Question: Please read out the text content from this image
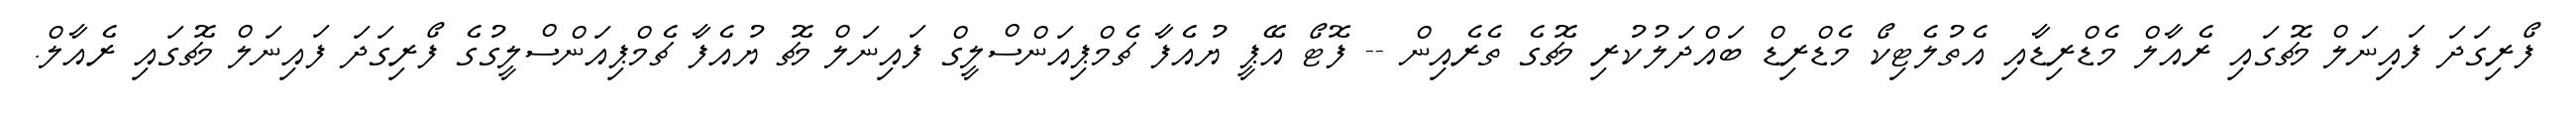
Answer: ފޯރިގަދަ ފައިނަލް މެޗުގައި ރެއާލް މެޑްރިޑާއި އެތުލެޓިކޯ މެޑްރިޑް ބައްދަލުކުރި މެޗުގެ ތެރެއިން -- ފޮޓޯ އޭޕީ ޔުއެފާ ޗެމްޕިއަންސްލީގް ފައިނަލް މެޗު ޔުއެފާ ޗެމްޕިއަންސްލީގުގެ ފޯރިގަދަ ފައިނަލް މެޗުގައި ރެއާލް.